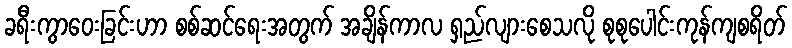
ခရီးကွာဝေးခြင်းဟာ စစ်ဆင်ရေးအတွက် အချိန်ကာလ ရှည်လျားစေသလို စုစုပေါင်းကုန်ကျစရိတ်